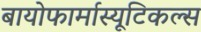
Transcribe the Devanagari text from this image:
बायोफार्मास्यूटिकल्स